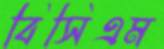
বিসিএম